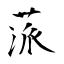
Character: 蒎